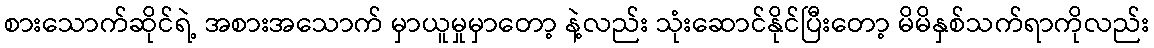
စားသောက်ဆိုင်ရဲ့ အစားအသောက် မှာယူမှုမှာတော့ နဲ့လည်း သုံးဆောင်နိုင်ပြီးတော့ မိမိနှစ်သက်ရာကိုလည်း